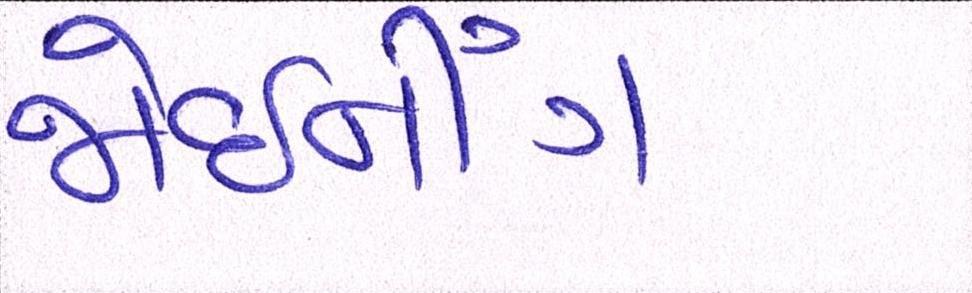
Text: જોઇનિંગ